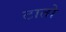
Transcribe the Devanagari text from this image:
टातो